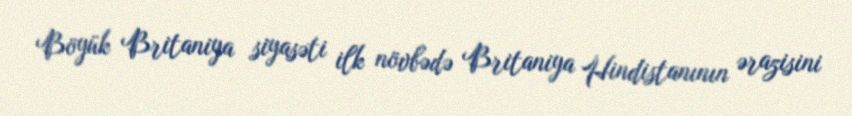
Böyük Britaniya siyasəti ilk növbədə Britaniya Hindistanının ərazisini